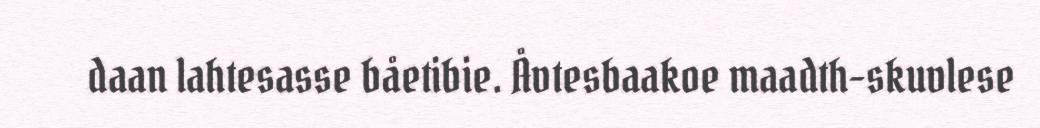
daan lahtesasse båetibie. Åvtesbaakoe maadth-skuvlese